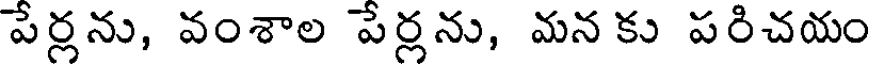
పేర్లను, వంశాల పేర్లను, మన కు పరిచయం